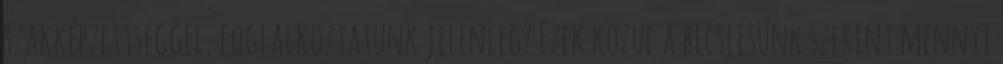
szakképzettséggel, foglalkoztatunk jelenleg? Ezek közül a becslésünk szerint mennyi